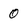
Character: 0